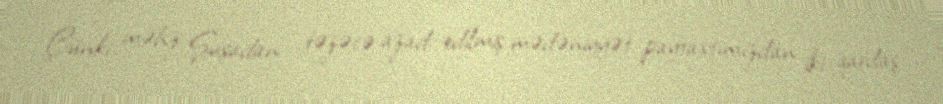
Çünki məhz Şuşadan - təzəcə azad edilmiş mədəniyyət paytaxtımızdan iki qardaş